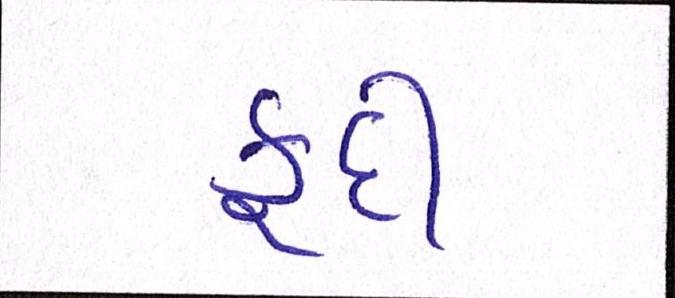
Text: કૂદી